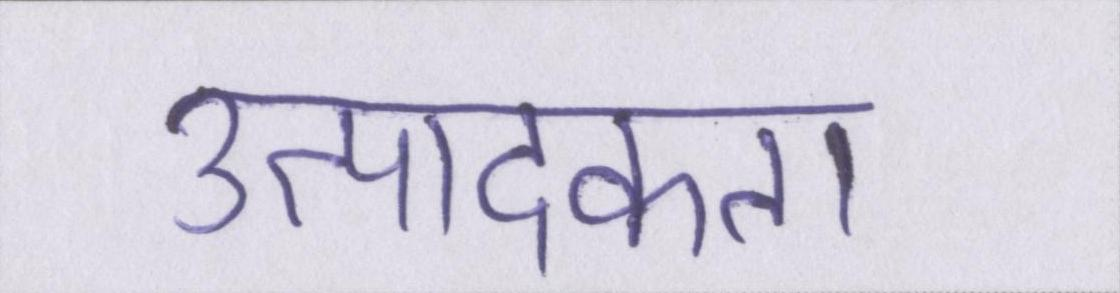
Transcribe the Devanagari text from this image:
उत्पादकता